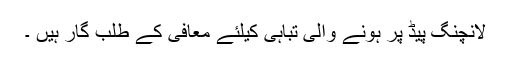
لانچنگ پیڈ پر ہونے والی تباہی کیلئے معافی کے طلب گار ہیں ۔